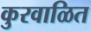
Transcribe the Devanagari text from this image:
कुरवाळित